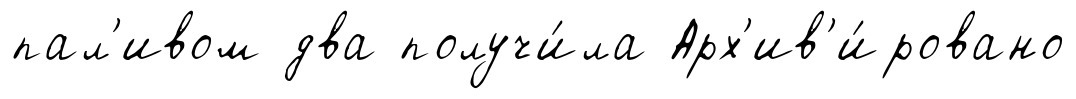
пал'ивом два получи́ла Арх'ив'и́ровано